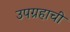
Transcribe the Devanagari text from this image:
उपग्रहाची